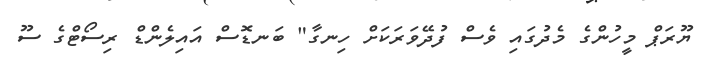
ޔޫރަޕް މީހުންގެ މެދުގައި ވެސް ފުދޭވަރަކަށް ހިނގާ" ބަނޑޮސް އައިލެންޑް ރިސޯޓްގެ ސޫ